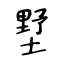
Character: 墅